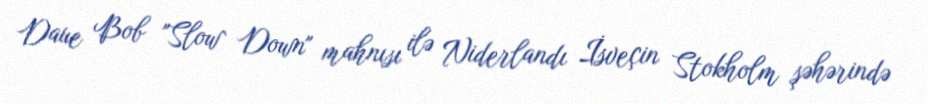
Daue Bob "Slow Down" mahnısı ilə Niderlandı İsveçin Stokholm şəhərində